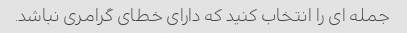
جمله ای را انتخاب کنید که دارای خطای گرامری نباشد.